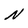
Character: N